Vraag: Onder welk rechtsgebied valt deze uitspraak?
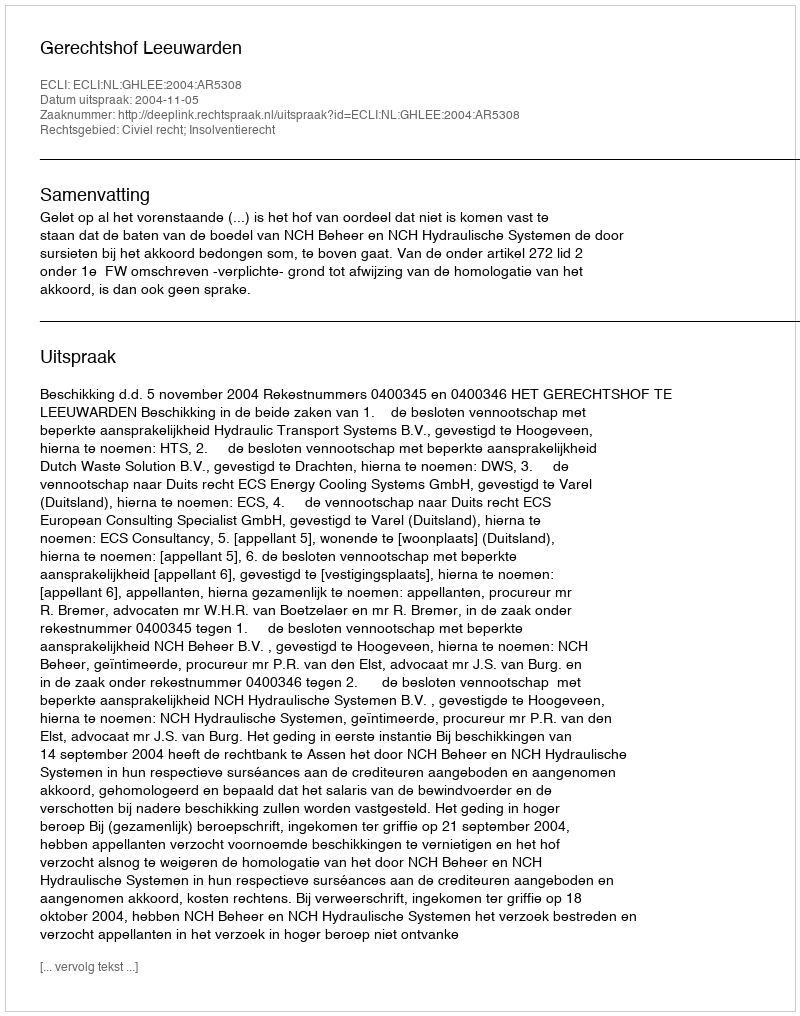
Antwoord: Civiel recht; Insolventierecht